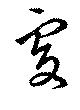
處